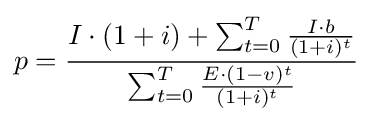
p={\frac {I\cdot (1+i)+\sum _{t=0}^{T}{\frac {I\cdot b}{(1+i)^{t}}}}{\sum _{t=0}^{T}{\frac {E\cdot (1-v)^{t}}{(1+i)^{t}}}}}